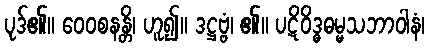
ပုဒ်၏။ ဝေဝစနန္တိ၊ ဟူ၍။ ဒဋ္ဌဗ္ဗံ၊ ၏။ ပဋိဝိဒ္ဓဓမ္မသဘာဝါနံ၊